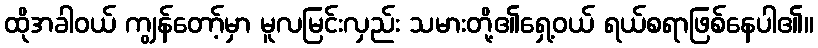
ထိုအခါဝယ် ကျွန်တော့်မှာ မူလမြင်းလှည်း သမားတို့၏ရှေ့ဝယ် ရယ်စရာဖြစ်နေပါ၏။